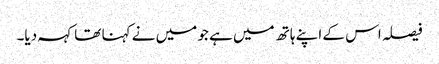
فیصلہ اس کے اپنے ہاتھ میں ہے جو میں نے کہنا تھا کہہ دیا۔